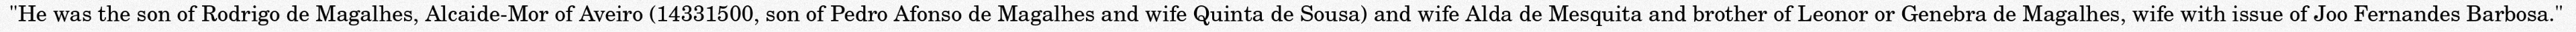
"He was the son of Rodrigo de Magalhes, Alcaide-Mor of Aveiro (14331500, son of Pedro Afonso de Magalhes and wife Quinta de Sousa) and wife Alda de Mesquita and brother of Leonor or Genebra de Magalhes, wife with issue of Joo Fernandes Barbosa."